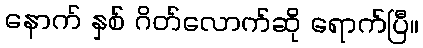
နောက် နှစ် ဂိတ်လောက်ဆို ရောက်ပြီ။